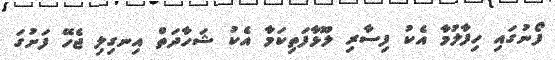
ފޯނުގައި ހިފާލުމާ އެކު ފިސާރި ލޫޅާފަތިކަމާ އެކު ޝަހާދަތް އިނގިލި ޖެހޭ ފަށުގަ